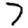
Digit: 7